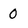
Character: 0